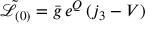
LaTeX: \tilde { \mathcal { L } } _ { ( 0 ) } = \bar { g } \, e ^ { Q } \, ( j _ { 3 } - V ) \,